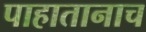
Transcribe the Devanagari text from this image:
पाहातानाच